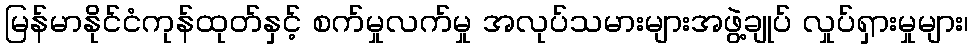
မြန်မာနိုင်ငံကုန်ထုတ်နှင့် စက်မှုလက်မှု အလုပ်သမားများအဖွဲ့ချုပ် လှုပ်ရှားမှုများ၊